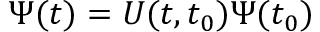
\Psi ( t ) = U ( t , t _ { 0 } ) \Psi ( t _ { 0 } )